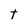
Character: t